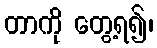
တာကို တွေ့ရ၍၊